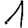
Digit: 1